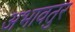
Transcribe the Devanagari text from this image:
अभावतुर